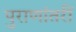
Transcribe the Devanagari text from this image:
पुराणांतरीं